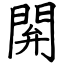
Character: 閞